Indian journal of veterinary science and animal husbandry - Volume 5,
Year: 1935
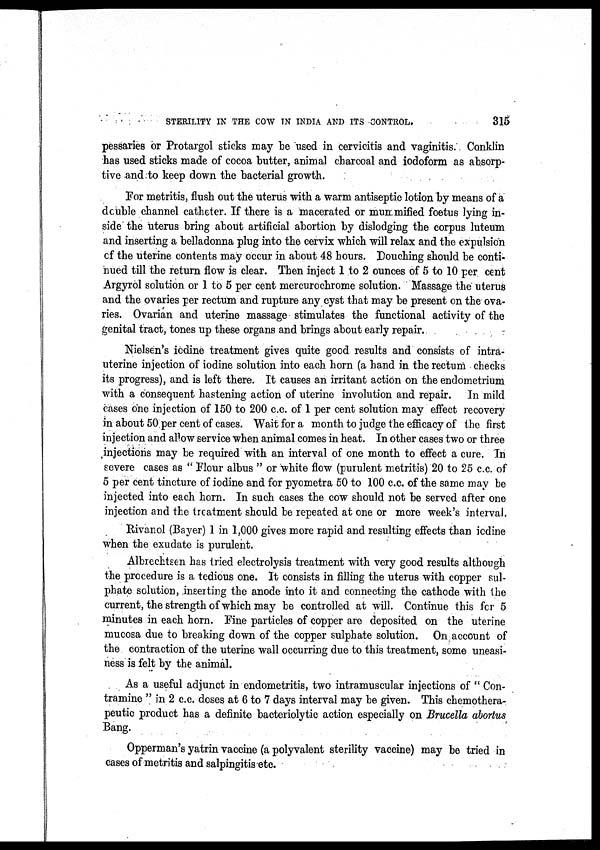
STERILITY IN THE COW IN INDIA AND ITS CONTROL.
315
pessaries or Protargol sticks may be used in cervicitis and vaginitis. Conklin
has used sticks made of cocoa butter, animal charcoal and iodoform as absorp-
tive and to keep down the bacterial growth.
For metritis, flush out the uterus with a warm antiseptic lotion by means of a
double channel catheter. If there is a macerated or mummified foetus lying in-
side the uterus bring about artificial abortion by dislodging the corpus luteum
and inserting a belladonna plug into the cervix which will relax and the expulsion
of the uterine contents may occur in about 48 hours. Douching should be conti-
nued till the return flow is clear. Then inject 1 to 2 ounces of 5 to 10 per cent
Argyrol solution or 1 to 5 per cent mercurochrome solution. Massage the uterus
and the ovaries per rectum and rupture any cyst that may be present on the ova-
ries. Ovarian and uterine massage stimulates the functional activity of the
genital tract, tones up these organs and brings about early repair.
Nielsen's iodine treatment gives quite good results and consists of intra-
uterine injection of iodine solution into each horn (a hand in the rectum checks
its progress), and is left there. It causes an irritant action on the endometrium
with a consequent hastening action of uterine involution and repair. In mild
cases one injection of 150 to 200 c.c. of 1 per cent solution may effect recovery
in about 50 per cent of cases. Wait for a month to judge the efficacy of the first
injection and allow service when animal comes in heat. In other cases two or three
injections may be required with an interval of one month to effect a cure. In
severe cases as " Flour albus " or white flow (purulent metritis) 20 to 25 c.c. of
5 per cent tincture of iodine and for pyometra 50 to 100 c.c. of the same may be
injected into each horn. In such cases the cow should not be served after one
injection and the treatment should be repeated at one or more week's interval.
Rivanol (Bayer) 1 in 1,000 gives more rapid and resulting effects than iodine
when the exudate is purulent.
Albrechtsen has tried electrolysis treatment with very good results although
the procedure is a tedious one. It consists in filling the uterus with copper sul-
phate solution, inserting the anode into it and connecting the cathode with the
current, the strength of which may be controlled at will. Continue this for 5
minutes in each horn. Fine particles of copper are deposited on the uterine
mucosa due to breaking down of the copper sulphate solution. On account of
the contraction of the uterine wall occurring due to this treatment, some uneasi-
ness is felt by the animal.
As a useful adjunct in endometritis, two intramuscular injections of " Con-
tramine " in 2 c.c. doses at 6 to 7 days interval may be given. This chemothera-
peutic product has a definite bacteriolytic action especially on Brucella abortus
Bang.
Opperman's yatrin vaccine (a polyvalent sterility vaccine) may be tried in
cases of metritis and salpingitis etc.